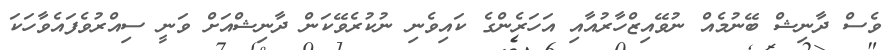
ވެސް ދާނިޝް ބޭނުމެއް ނުވޭއިޒްހާރުއާއި އަހަރެންގެ ކައިވެނި ނުކުރެވޭކަން ދާނިޝްއަށް ވަނީ ސިއްރުވެފައެވާހަކަ